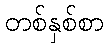
တစ်နှစ်စာ